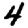
Digit: 4